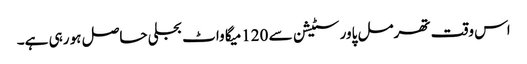
اس وقت تھرمل پاور سٹیشن سے 120میگا واٹ بجلی حاصل ہو رہی ہے۔